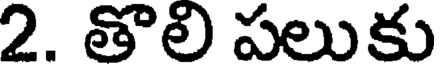
2. తొలి పలుకు